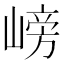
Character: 嵭